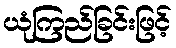
ယုံကြည်ခြင်းဖြင့်